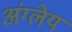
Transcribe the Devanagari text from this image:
अंग्लेय